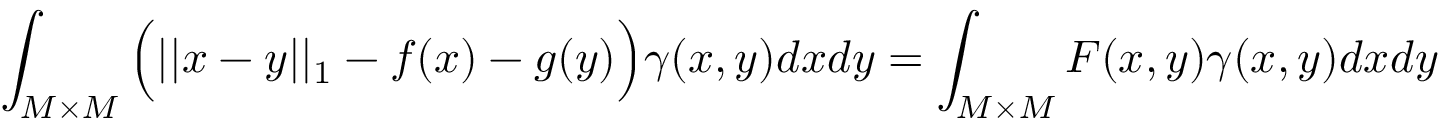
\int _ { M \times M } \Big ( | | x - y | | _ { 1 } - f ( x ) - g ( y ) \Big ) \gamma ( x , y ) d x d y = \int _ { M \times M } F ( x , y ) \gamma ( x , y ) d x d y